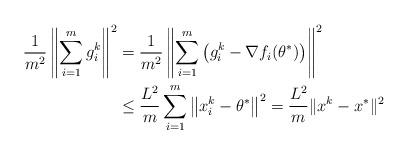
LaTeX: \begin{align*}\begin{aligned}\frac{1}{m^2} \left\|\sum_{i=1}^m g_i^k\right\|^2&= \frac{1}{m^2} \left\|\sum_{i=1}^m \left(g_i^k-\nabla f_i(\theta^{\ast})\right)\right\|^2\\&\leq \frac{L^2}{m} \sum_{i=1}^m\left\| x_i^k- \theta^{\ast} \right\|^2=\frac{L^2}{m} \| x^k- x^{\ast}\|^2\end{aligned}\end{align*}